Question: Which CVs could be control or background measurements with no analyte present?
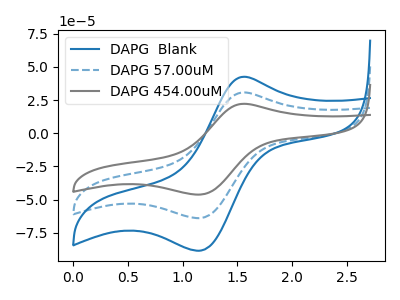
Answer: <think>The blue curve "DAPG  Blank" has an anodic peak at (1.55V, 42.60uA) and a cathodic peak at (1.15V, -88.35uA). The blue dashed curve "DAPG 57.00uM" has an anodic peak at (1.55V, 30.80uA) and a cathodic peak at (1.15V, -63.85uA). The gray curve "DAPG 454.00uM" has an anodic peak at (1.55V, 61.60uA) and a cathodic peak at (1.15V, -127.70uA).</think>
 <answer>There are not any CV's on this graph that are likely to be blanks.</answer>
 <eval>none</eval>